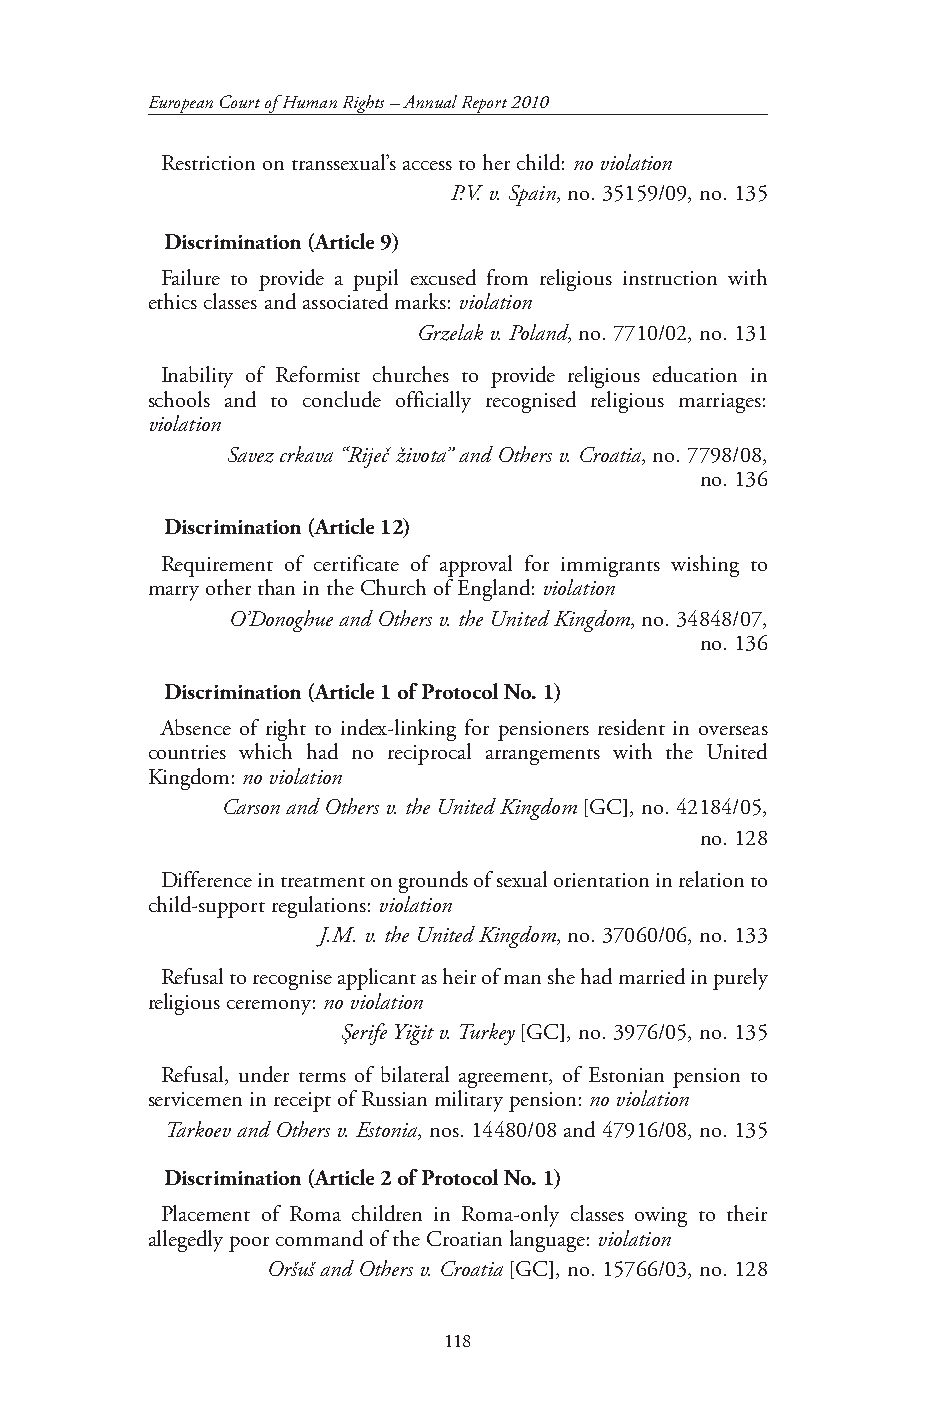
European Court of Human Rights – Annual Report 2010
 Restriction on transsexual’s access to her child: no violation
 P.V. v. Spain, no. 35159/09, no. 135
 Discrimination (Article 9)
 Failure to provide a pupil excused from religious instruction with
 ethics classes and associated marks: violation
 Grzelak v. Poland, no. 7710/02, no. 131
 Inability of Reformist churches to provide religious education in
 schools and to conclude officially recognised religious marriages:
 violation
 Savez crkava “Riječ života” and Others v. Croatia, no. 7798/08,
 no. 136
 Discrimination (Article 12)
 Requirement of certificate of approval for immigrants wishing to
 marry other than in the Church of England: violation
 O’Donoghue and Others v. the United Kingdom, no. 34848/07,
 no. 136
 Discrimination (Article 1 of Protocol No. 1)
 Absence of right to index-linking for pensioners resident in overseas
 countries which had no reciprocal arrangements with the United
 Kingdom: no violation
 Carson and Others v. the United Kingdom [GC], no. 42184/05,
 no. 128
 Difference in treatment on grounds of sexual orientation in relation to
 child-support regulations: violation
 J.M. v. the United Kingdom, no. 37060/06, no. 133
 Refusal to recognise applicant as heir of man she had married in purely
 religious ceremony: no violation
 Şerife Yiğit v. Turkey [GC], no. 3976/05, no. 135
 Refusal, under terms of bilateral agreement, of Estonian pension to
 servicemen in receipt of Russian military pension: no violation
 Tarkoev and Others v. Estonia, nos. 14480/08 and 47916/08, no. 135
 Discrimination (Article 2 of Protocol No. 1)
 Placement of Roma children in Roma-only classes owing to their
 allegedly poor command of the Croatian language: violation
 Oršuš and Others v. Croatia [GC], no. 15766/03, no. 128
 118